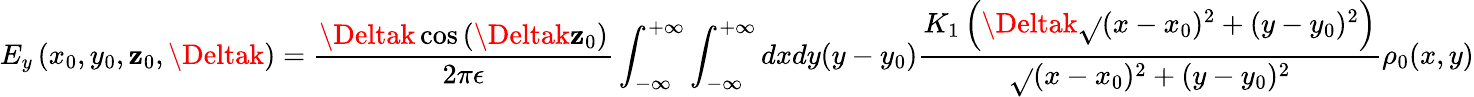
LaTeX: E_{y}\left(x_{0},y_{0},\mathbf{z}_{0},\Deltak\right)=\frac{{\Deltak\cos\left(\Deltak\mathbf{z}_{0}\right)}}{{2\pi\epsilon}}\int_{-\infty}^{+\infty}\int_{-\infty}^{+\infty}dxdy(y-y_{0})\frac{{K_{1}\left(\Deltak\sqrt{}{{(x-x_{0})^{2}+(y-y_{0})^{2}}}\right)}}{{\sqrt{}{{(x-x_{0})^{2}+(y-y_{0})^{2}}}}}\rho_{0}(x,y)